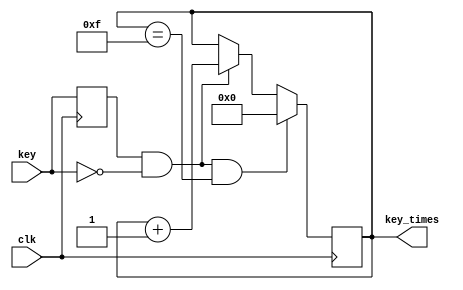
`timescale 1ns / 1ps
//////////////////////////////////////////////////////////////////////////////////
// Company: Myminieye
// 
// Design Name: 
// Module Name: key_cnt
// Project Name: 
// Target Devices: 
// Tool Versions: 
// Description: 
// 
// Dependencies: 
// 
// Revision: v1.0
// Revision 0.01 - File Created
// Additional Comments:
// 
//		   _______
//        |       |
//--------         -------
//           _______
//          |       |
//----------         -------
//
//////////////////////////////////////////////////////////////////////////////////
`define UD #1
module key_cnt
(
	input clk,
	input key,
	output reg [3:0]key_times
);

reg key_reg;
always @(posedge clk)
begin
	key_reg <= `UD key;
end 

always @(posedge clk )
begin
	if(key_reg&&~key&&key_times==4'd15)
		key_times <=`UD 4'd0;
	else if(key_reg&&~key)
		key_times <=`UD key_times + 1'b1;
end 

endmodule